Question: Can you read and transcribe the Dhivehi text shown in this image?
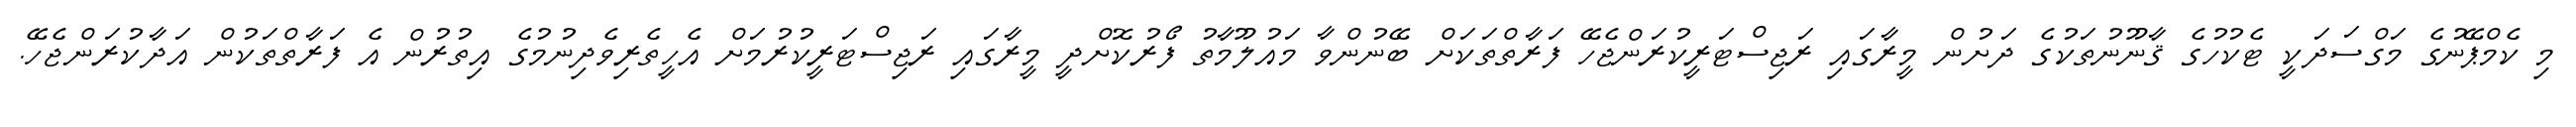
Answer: މި ކެމްޕޭނުގެ މަގްސަދަކީ ޓެކުހުގެ ޤާނޫނުތަކުގެ ދަށުން މީރާގައި ރަޖިސްޓަރީކުރަންޖެހޭ ފަރާތްތަކަށް ބޭނުންވާ މައުލޫމާތު ފޯރުކޮށްދީ މީރާގައި ރަޖިސްޓަރީކުރުމަށް އެހީތެރިވެދިނުމުގެ އިތުރުން އެ ފަރާތްތަކުން އަދާކުރަންޖެހޭ.